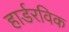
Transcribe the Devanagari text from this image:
हार्डरविक